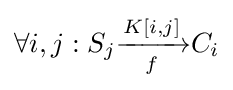
\forall i,j:S_{j}{\xrightarrow[{f}]{K[i,j]}}C_{i}